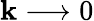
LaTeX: \mathbf{k}\longrightarrow0